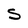
Character: S